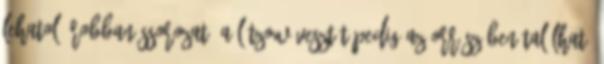
lehatoló robbanássorozat. A Lützow vesztét pedig az orrészében található